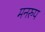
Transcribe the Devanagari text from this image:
मनरुप